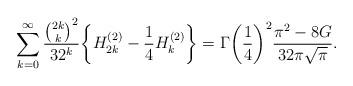
LaTeX: \begin{align*}\sum_{k=0}^{\infty}\frac{\binom{2k}{k}^2}{32^k}\bigg\{H_{2k}^{(2)}-\frac{1}{4}H_{k}^{(2)}\bigg\}=\Gamma\bigg(\frac{1}{4}\bigg)^2\frac{\pi^2-8G}{32\pi\sqrt{\pi}}. \end{align*}